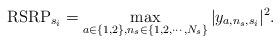
\begin{align*}\mathrm{RSRP}_{s_i} = \max\limits_{a \in \{1, 2\}, n_s \in \{1, 2, \cdots, N_s\}} |y_{a,n_s,s_i}|^2.\end{align*}